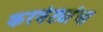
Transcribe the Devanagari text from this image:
करवंट्यांचा